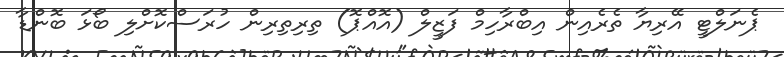
ޕެނަލްޓީ އޭރިޔާ ތެރެއިން އިބްރާހިމް ފަޒީލް (އޮއްޕޮ) ތިރިތިރިން ހުރަސްކޮށްލި ބޯޅަ ބޮންޑާ